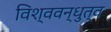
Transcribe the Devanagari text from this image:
विश्ववन्धुत्व